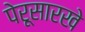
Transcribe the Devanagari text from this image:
पेरूसारखे